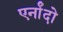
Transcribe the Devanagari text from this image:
एर्नांदो